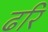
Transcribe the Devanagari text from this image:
ढरि